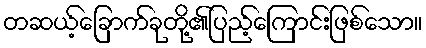
တဆယ့်ခြောက်ခုတို့၏ပြည့်ကြောင်းဖြစ်သော။